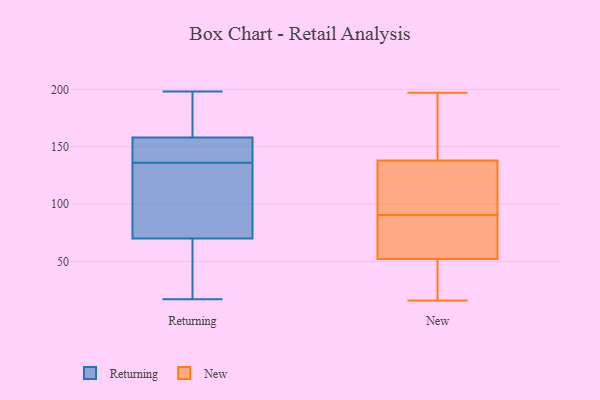
{"axis": {"x": "Gross Profit (USD K)", "y": "Value"}, "legend": ["New", "Returning"], "data": [{"x": "", "y": 154, "type": "Returning"}, {"x": "", "y": 158, "type": "Returning"}, {"x": "", "y": 41, "type": "Returning"}, {"x": "", "y": 179, "type": "Returning"}, {"x": "", "y": 188, "type": "Returning"}, {"x": "", "y": 121, "type": "Returning"}, {"x": "", "y": 40, "type": "Returning"}, {"x": "", "y": 17, "type": "Returning"}, {"x": "", "y": 35, "type": "Returning"}, {"x": "", "y": 198, "type": "Returning"}, {"x": "", "y": 151, "type": "Returning"}, {"x": "", "y": 114, "type": "Returning"}, {"x": "", "y": 118, "type": "Returning"}, {"x": "", "y": 99, "type": "Returning"}, {"x": "", "y": 158, "type": "Returning"}, {"x": "", "y": 153, "type": "Returning"}, {"x": "", "y": 153, "type": "New"}, {"x": "", "y": 87, "type": "New"}, {"x": "", "y": 140, "type": "New"}, {"x": "", "y": 16, "type": "New"}, {"x": "", "y": 122, "type": "New"}, {"x": "", "y": 40, "type": "New"}, {"x": "", "y": 67, "type": "New"}, {"x": "", "y": 80, "type": "New"}, {"x": "", "y": 54, "type": "New"}, {"x": "", "y": 193, "type": "New"}, {"x": "", "y": 28, "type": "New"}, {"x": "", "y": 166, "type": "New"}, {"x": "", "y": 197, "type": "New"}, {"x": "", "y": 50, "type": "New"}, {"x": "", "y": 94, "type": "New"}, {"x": "", "y": 102, "type": "New"}, {"x": "", "y": 70, "type": "New"}, {"x": "", "y": 127, "type": "New"}, {"x": "", "y": 46, "type": "New"}, {"x": "", "y": 136, "type": "New"}]}